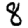
Digit: 8